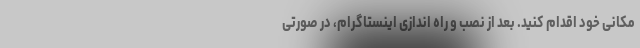
مکانی خود اقدام کنید. بعد از نصب و راه اندازی اینستاگرام، در صورتی